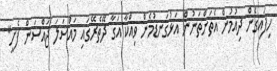
ހިފައިގެން ދިއުމުން އެތަންތަނުން އަޅުގަނޑުމެން ވިއްކާ އަގާ ދޭތެރޭގައި މައްސަލަ ޖައްސަން ފެށީ"